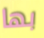
بها